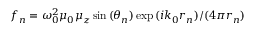
f _ { n } = { \omega _ { 0 } ^ { 2 } \mu _ { 0 } \mu _ { z } \sin { ( \theta _ { n } ) } \exp { ( i k _ { 0 } r _ { n } ) } } / { ( 4 \pi r _ { n } ) }